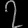
Digit: ၇